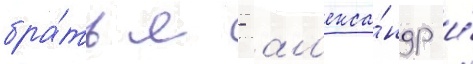
бра́тья - ал'екса́ндр и́